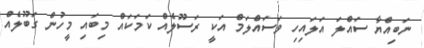
ނަބިއްޔާ ސައްލަ އަލައިހި ވަސައްލަމް އަކީ ރަސޫލެއް ކަމަކައް މިބައި މީހުން ގަބޫލެއް